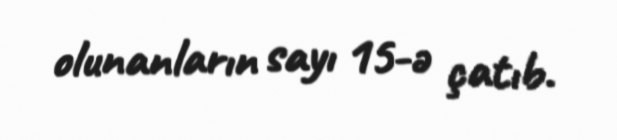
olunanların sayı 15-ə çatıb.